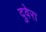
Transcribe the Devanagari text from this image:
दुवेरा